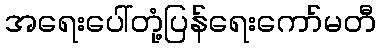
အရေးပေါ်တုံ့ပြန်ရေးကော်မတီ